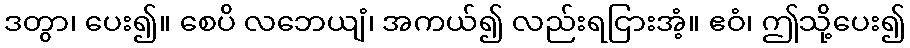
ဒတွာ၊ ပေး၍။ စေပိ လဘေယျံ၊ အကယ်၍ လည်းရငြားအံ့။ ဧဝံ၊ ဤသို့ပေး၍